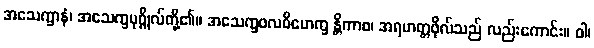
အသေက္ခာနံ၊ အသေက္ခပုဂ္ဂိုလ်တို့၏။ အသေက္ခဖလဝိမောက္ခ န္တိကာစ၊ အရဟတ္တဖိုလ်သည် လည်းကောင်း။ ဝါ၊